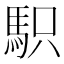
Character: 𩢢